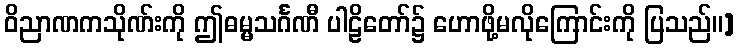
ဝိညာဏကသိုဏ်းကို ဤဓမ္မသင်္ဂဏီ ပါဠိတော်၌ ဟောဖို့မလိုကြောင်းကို ပြသည်။]